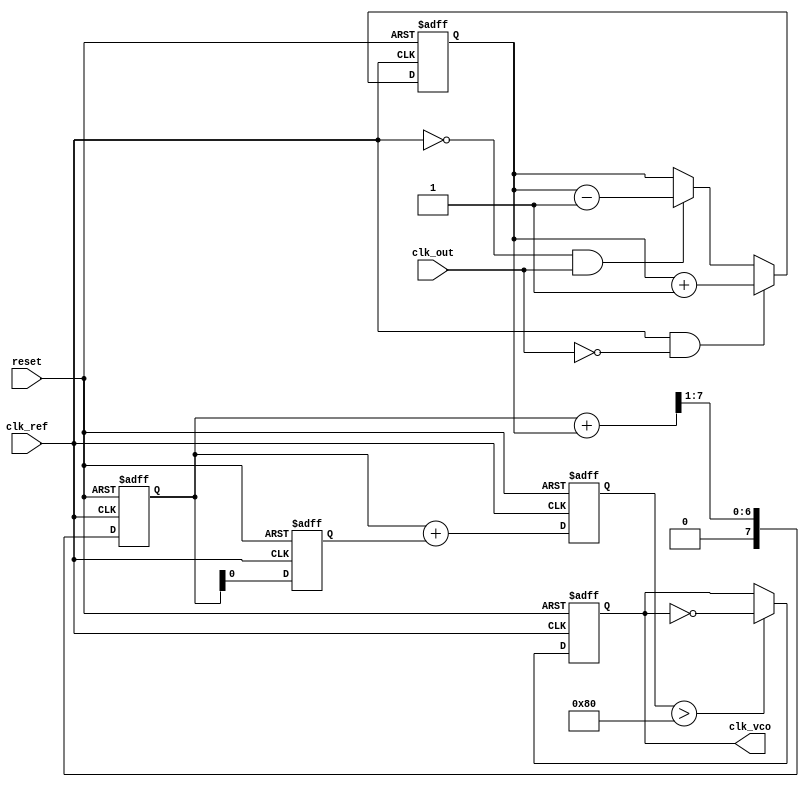
module dpll (
    input wire clk_ref,         // Reference clock
    input wire clk_out,         // Output clock
    input wire reset,           // Reset signal
    output reg clk_vco          // VCO output clock
);

// Parameters
parameter MEMORY_SIZE = 16;   // Size of the memory block
parameter FILTER_COEFF = 4;   // Coefficient for loop filter

// Internal signals
reg [MEMORY_SIZE-1:0] memory_block; // Memory block for phase adjustments
reg [7:0] phase_error;               // Phase error signal
reg [7:0] control_signal;             // Control signal for VCO
reg [7:0] filtered_signal;            // Filtered signal from loop filter

// Phase Detector
always @(posedge clk_ref or posedge reset) begin
    if (reset) begin
        phase_error <= 8'b0;
    end else begin
        // Simple phase comparison logic
        if (clk_ref && !clk_out) begin
            phase_error <= phase_error + 1; // Output clock is lagging
        end else if (!clk_ref && clk_out) begin
            phase_error <= phase_error - 1; // Output clock is leading
        end
    end
end

// Loop Filter (Simple Proportional Filter)
always @(posedge clk_ref or posedge reset) begin
    if (reset) begin
        filtered_signal <= 8'b0;
    end else begin
        // Simple low-pass filter
        filtered_signal <= (filtered_signal + phase_error) >> 1; // Averaging
    end
end

// Memory Block (Storing phase adjustments)
always @(posedge clk_ref or posedge reset) begin
    if (reset) begin
        memory_block <= {MEMORY_SIZE{1'b0}}; // Initialize memory to zero
    end else begin
        // Store phase adjustments (example logic)
        memory_block <= {memory_block[MEMORY_SIZE-2:0], filtered_signal[0]}; // Shift in new value
    end
end

// Voltage-Controlled Oscillator (VCO)
always @(posedge clk_ref or posedge reset) begin
    if (reset) begin
        clk_vco <= 1'b0;
        control_signal <= 8'b0;
    end else begin
        // Control signal generation based on filtered signal and memory
        control_signal <= filtered_signal + memory_block[0]; // Example adjustment
        // Generate VCO output clock based on control signal
        if (control_signal > 8'd128) begin
            clk_vco <= ~clk_vco; // Toggle VCO output based on control signal
        end
    end
end

endmodule